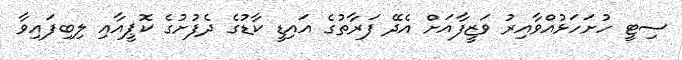
ސިޓީ ހުށަހަޅުއްވާއިރު ވަޒީފާއަށް އެދޭ ފަރާތުގެ އައިޑީ ކާޑުގެ ދެފުށުގެ ކޮޕީއާއި ލިބިފައިވާ